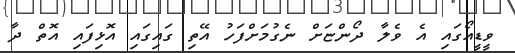
ވީޑީއޯގައި އެ ވެލާ ދޯންޏަށް ނެގުމަށްފަހު އޭތި ގައިގައި އޮޅިފައި އޮތް ދާ